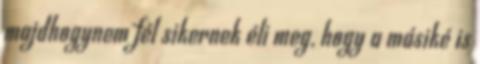
majdhogynem fél sikernek éli meg, hogy a másiké is